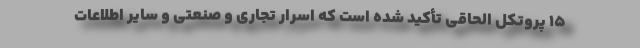
۱۵ پروتکل الحاقی تأکید شده است که اسرار تجاری و صنعتی و سایر اطلاعات